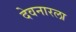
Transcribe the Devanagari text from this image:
देवनारला